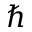
\hbar